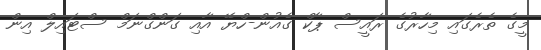
މީގެ ތެރެގައި މިހާރުގެ ރައީސް ޕާކް ގެއުން-ހްޔޭ އާއި ގަންގްނަމް ސްޓައިލް އިން